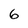
Character: 6